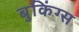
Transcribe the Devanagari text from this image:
बुकिंग्स